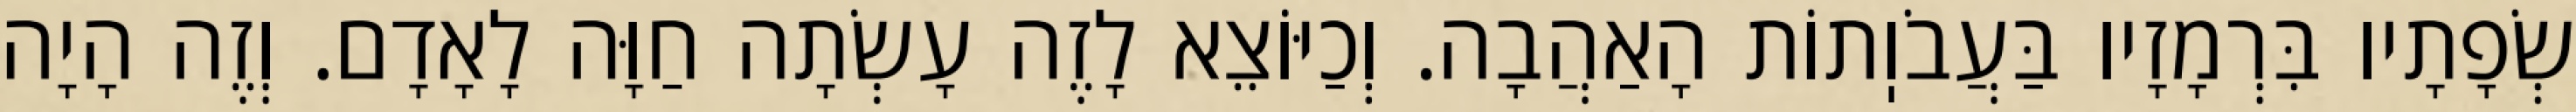
שְׂפָתָיו בִּרְמָזָיו בַּעֲבֹוֽתוֹת הָאַהֲבָה. וְכַיּוֹצֵא לָזֶה עָשְׂתָה חַוָּה לָאָדָם. וְזֶה הָיָה